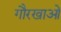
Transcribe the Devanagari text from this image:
गौरखाओं